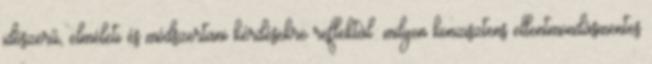
időszerű, elméleti és módszertani kérdésekre reflektál: milyen konzisztens ellentmondásmentes